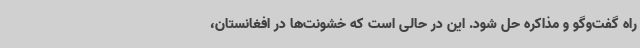
راه گفت‌وگو و مذاکره حل شود. این در حالی است که خشونت‌ها در افغانستان،